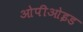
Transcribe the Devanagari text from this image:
ओपीओइड